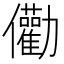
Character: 𠑧